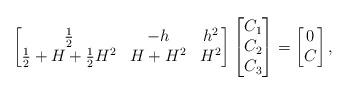
LaTeX: \begin{align*}\begin{bmatrix} \frac12 & -h & h^2\\ \frac12 +H+\frac12 H^2 & H+H^2& H^2 \end{bmatrix} \begin{bmatrix} C_1\\C_2\\C_3\end{bmatrix}=\begin{bmatrix} 0\\ C\end{bmatrix}, \end{align*}